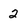
Character: 2